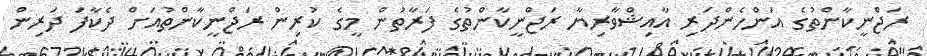
ރަޖްނީކާންތުގެ އަންހެންދަރި އާއިޝްވާރިޔާ ރަޖްނީކާންތުގެ ފަރާތުން މީގެ ކުރިން ރަޖްނީކާންތުއަށް ދެކާފަ ދަރިން